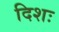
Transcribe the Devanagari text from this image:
दिशः